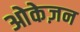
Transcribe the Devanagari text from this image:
ओकेज़न